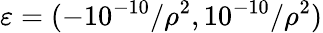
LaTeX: \varepsilon=(-10^{-10}/\rho^{2},10^{-10}/\rho^{2})